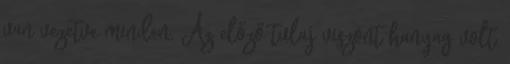
van vezetve minden. Az előző tulaj viszont hanyag volt,